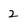
Character: 2